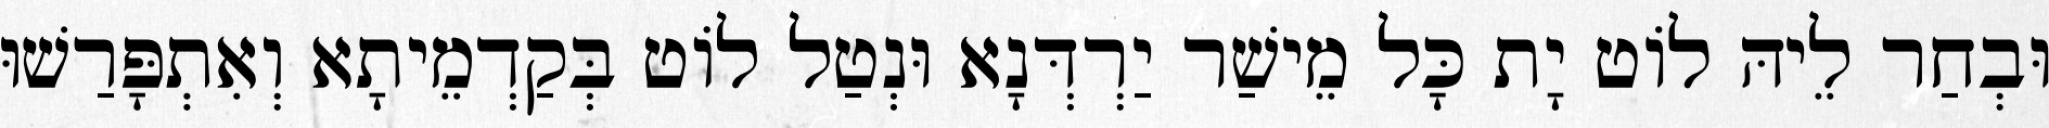
וּבְחַר לֵיהּ לוֹט יָת כָּל מֵישַׁר יַרְדְּנָא וּנְטַל לוֹט בְּקַדְמֵיתָא וְאִתְפָּרַשׁוּ